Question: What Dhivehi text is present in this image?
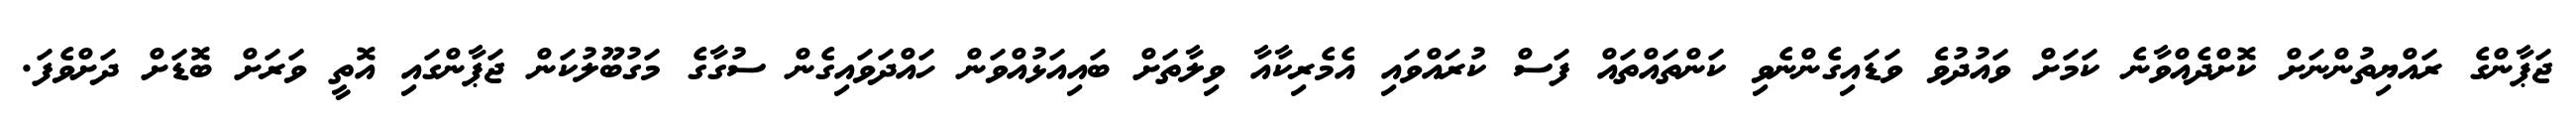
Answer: ޖަޕާންގެ ރައްޔިތުންނަށް ކޮށްދެއްވާނެ ކަމަށް ވައުދުވެ ވަޑައިގެންނެވި ކަންތައްތައް ފަސް ކުރައްވައި އެމެރިކާއާ ވިލާތަށް ބައިއަޅުއްވަން ހައްދަވައިގެން ސުގާގެ މަގުބޫލުކަން ޖަޕާންގައި އޮތީ ވަރަށް ބޮޑަށް ދަށްވެފަ.